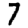
Digit: 7